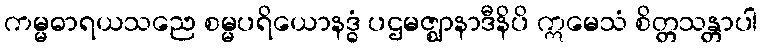
ကမ္မဓာရယသညေ စမ္မပရိယောနဒ္ဓံ ပဌမဇ္ဈာနာဒီနိပိ ဣမေသံ စိတ္တသန္တာပါ